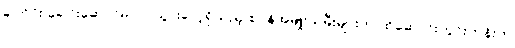
ခါတိုင်း ခေါင်းဆောင်မပါပဲ သွားလေ့ရှိသည့် စပိန်အမျိုးသမီးများက ထိုဆောင်းတွင်းတုန်းက